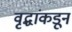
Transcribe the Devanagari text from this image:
वृद्धांकडून